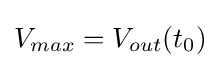
V_{max}=V_{out}(t_{0})